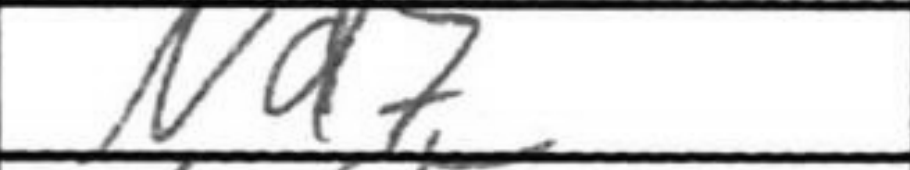
Transcription: Nd7